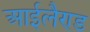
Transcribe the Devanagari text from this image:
आईलैण्‍ड